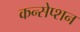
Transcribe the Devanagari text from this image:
कन्सेप्शन